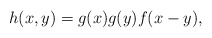
\begin{align*}h(x,y) = g(x)g(y)f(x-y),\end{align*}